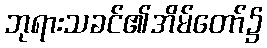
ဘုရားသခင်၏အိမ်တော်၌